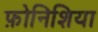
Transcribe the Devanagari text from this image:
फ़ोनिशिया